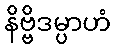
နိဗ္ဗိဒမ္ပာဟံ